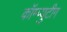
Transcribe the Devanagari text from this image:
कॉम्प्युटीग